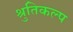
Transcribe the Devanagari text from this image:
श्रुतिकल्प